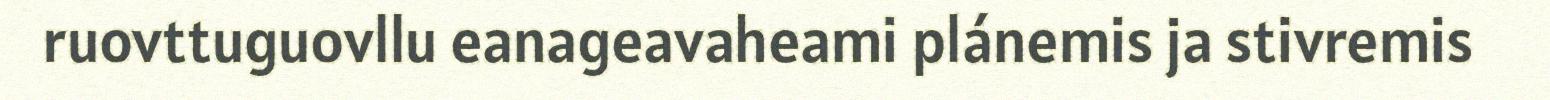
ruovttuguovllu eanageavaheami plánemis ja stivremis